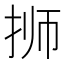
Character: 𰓝